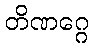
တိဏဂ္ဂေ